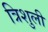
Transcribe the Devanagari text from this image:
त्रिशुली